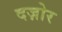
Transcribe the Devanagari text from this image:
दज़ोर